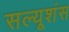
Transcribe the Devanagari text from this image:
सल्यूशंस